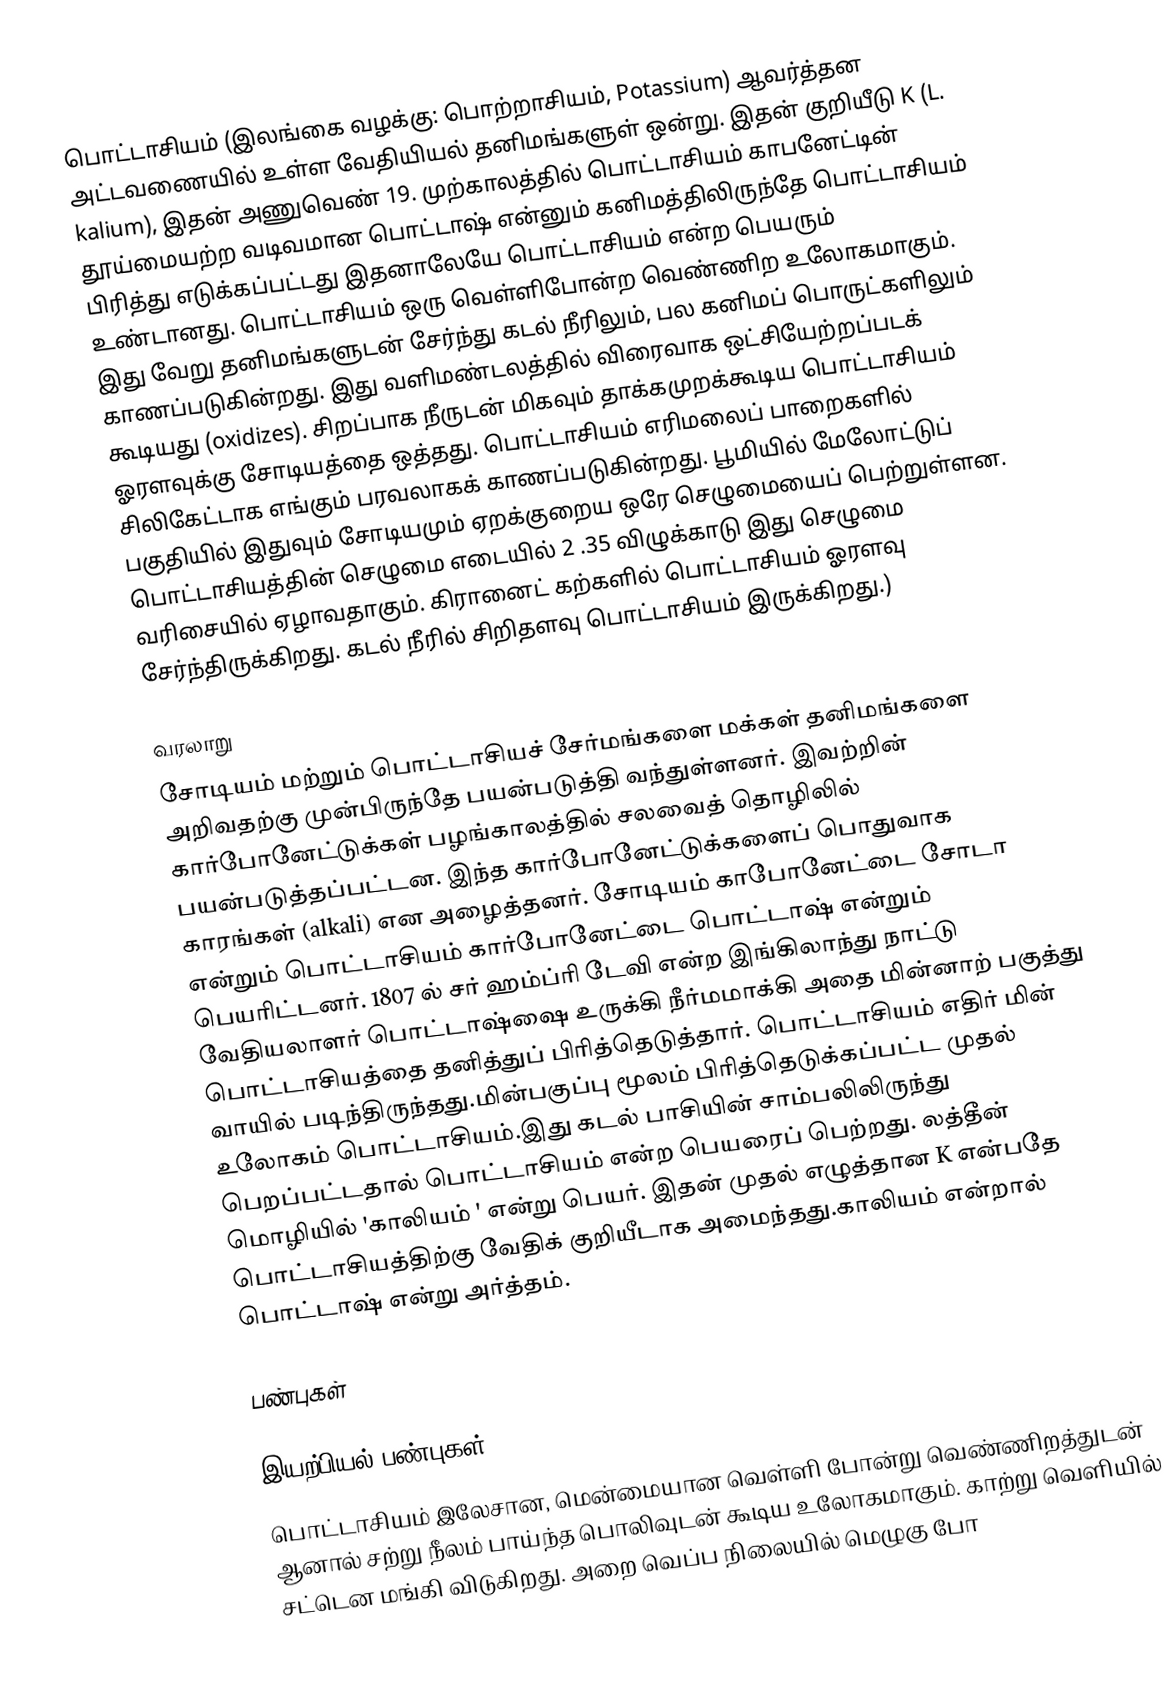
பொட்டாசியம் (இலங்கை வழக்கு: பொற்றாசியம், Potassium) ஆவர்த்தன அட்டவணையில் உள்ள வேதியியல் தனிமங்களுள் ஒன்று. இதன் குறியீடு K (L. kalium), இதன் அணுவெண் 19. முற்காலத்தில் பொட்டாசியம் காபனேட்டின் தூய்மையற்ற வடிவமான பொட்டாஷ் என்னும் கனிமத்திலிருந்தே பொட்டாசியம் பிரித்து எடுக்கப்பட்டது இதனாலேயே பொட்டாசியம் என்ற பெயரும் உண்டானது. பொட்டாசியம் ஒரு வெள்ளிபோன்ற வெண்ணிற உலோகமாகும். இது வேறு தனிமங்களுடன் சேர்ந்து கடல் நீரிலும், பல கனிமப் பொருட்களிலும் காணப்படுகின்றது. இது வளிமண்டலத்தில் விரைவாக ஒட்சியேற்றப்படக் கூடியது (oxidizes). சிறப்பாக நீருடன் மிகவும் தாக்கமுறக்கூடிய பொட்டாசியம் ஓரளவுக்கு சோடியத்தை ஒத்தது. பொட்டாசியம் எரிமலைப் பாறைகளில் சிலிகேட்டாக எங்கும் பரவலாகக் காணப்படுகின்றது. பூமியில் மேலோட்டுப் பகுதியில் இதுவும் சோடியமும் ஏறக்குறைய ஒரே செழுமையைப் பெற்றுள்ளன. பொட்டாசியத்தின் செழுமை எடையில் 2 .35 விழுக்காடு இது செழுமை வரிசையில் ஏழாவதாகும். கிரானைட் கற்களில் பொட்டாசியம் ஓரளவு சேர்ந்திருக்கிறது. கடல் நீரில் சிறிதளவு பொட்டாசியம் இருக்கிறது.)

வரலாறு
சோடியம் மற்றும் பொட்டாசியச் சேர்மங்களை மக்கள் தனிமங்களை அறிவதற்கு முன்பிருந்தே பயன்படுத்தி வந்துள்ளனர். இவற்றின் கார்போனேட்டுக்கள் பழங்காலத்தில் சலவைத் தொழிலில் பயன்படுத்தப்பட்டன. இந்த கார்போனேட்டுக்களைப் பொதுவாக காரங்கள் (alkali) என அழைத்தனர். சோடியம் காபோனேட்டை சோடா என்றும் பொட்டாசியம் கார்போனேட்டை பொட்டாஷ் என்றும் பெயரிட்டனர். 1807 ல் சர் ஹம்ப்ரி டேவி என்ற இங்கிலாந்து நாட்டு வேதியலாளர் பொட்டாஷ்ஷை உருக்கி நீர்மமாக்கி அதை மின்னாற் பகுத்து பொட்டாசியத்தை தனித்துப் பிரித்தெடுத்தார். பொட்டாசியம் எதிர் மின் வாயில் படிந்திருந்தது.மின்பகுப்பு மூலம் பிரித்தெடுக்கப்பட்ட முதல் உலோகம் பொட்டாசியம்.இது கடல் பாசியின் சாம்பலிலிருந்து பெறப்பட்டதால் பொட்டாசியம் என்ற பெயரைப் பெற்றது. லத்தீன் மொழியில் 'காலியம் ' என்று பெயர். இதன் முதல் எழுத்தான K என்பதே பொட்டாசியத்திற்கு வேதிக் குறியீடாக அமைந்தது.காலியம் என்றால் பொட்டாஷ் என்று அர்த்தம்.

பண்புகள்

இயற்பியல் பண்புகள்
பொட்டாசியம் இலேசான, மென்மையான வெள்ளி போன்று வெண்ணிறத்துடன் ஆனால் சற்று நீலம் பாய்ந்த பொலிவுடன் கூடிய உலோகமாகும். காற்று வெளியில் சட்டென மங்கி விடுகிறது. அறை வெப்ப நிலையில் மெழுகு போ